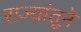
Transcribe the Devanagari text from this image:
राज्यांतूने